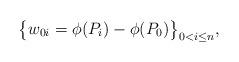
LaTeX: \begin{align*}\big\{w_{0i} = \phi(P_i) -\phi(P_0)\big\}_{0 < i\leq n},\end{align*}